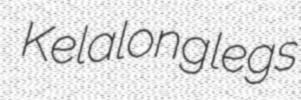
Kela longlegs